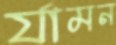
র‍্যামন